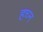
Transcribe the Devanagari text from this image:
हच्न